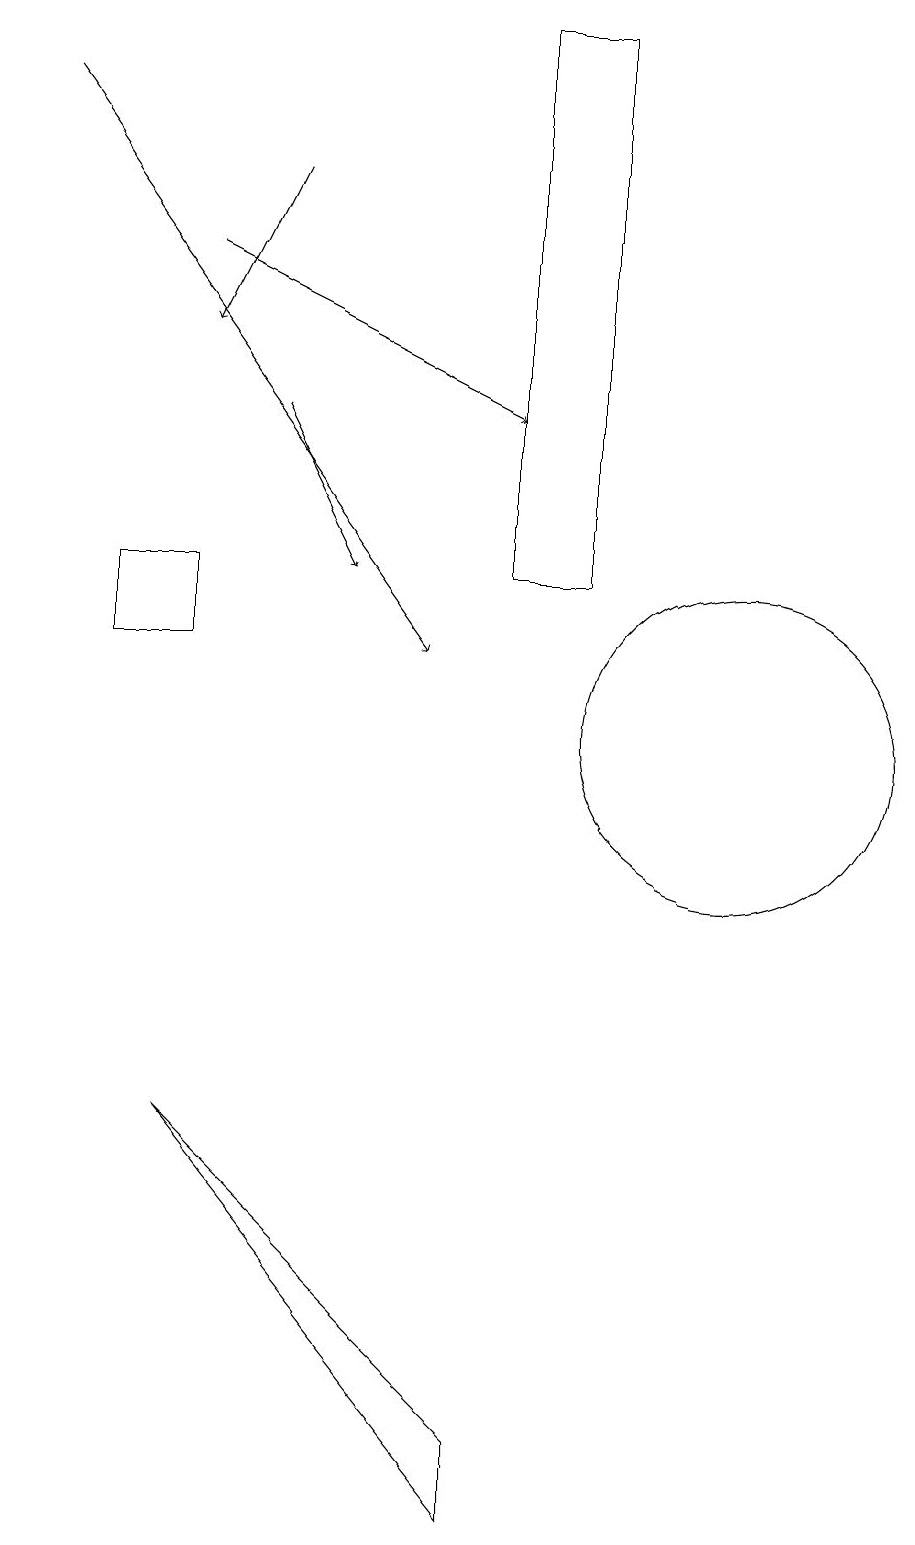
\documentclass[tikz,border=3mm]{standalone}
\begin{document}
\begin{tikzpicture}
\draw[->] (2,18) -- (7,11);
\draw[->] (5,17) -- (4,15);
\draw (3,12) rectangle (4,11);
\draw[->] (5,14) -- (6,12);
\draw (8,12) rectangle (9,19);
\draw[->] (4,16) -- (8,14);
\draw (8,1) -- (8,0) -- (4,5) -- cycle;
\draw (11,10) circle (2);
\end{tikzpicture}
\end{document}